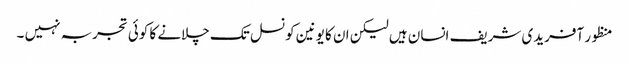
منظور آفریدی شریف انسان ہیں لیکن ان کا یونین کونسل تک چلانے کا کوئی تجربہ نہیں ۔